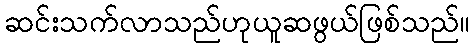
ဆင်းသက်လာသည်ဟုယူဆဖွယ်ဖြစ်သည်။